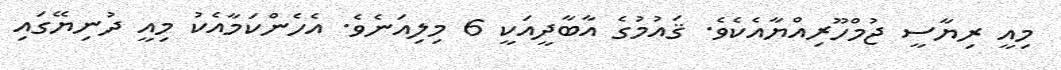
މިއީ ރިޔާސީ ޖުމްހޫރިއްޔާއެކެވެ. ޤައުމުގެ އާބާދީއަކީ 6 މިލިއަނެވެ. އެހެންކަމާއެކު މިއީ ދުނިޔޭގައި